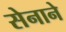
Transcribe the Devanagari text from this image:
सेनाने